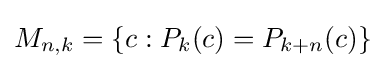
M_{n,k}=\{c:P_{k}(c)=P_{k+n}(c)\}